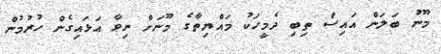
މޫނު ބަލަން އައިސް ތިބި ދެމީހަކު މައްޔިތާގެ މޫނަށް ނިވާ އަޅައިގެން ހުރުމުން